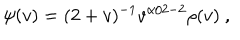
\psi ( v ) = ( 2 + v ) ^ { - 1 } v ^ { \alpha / 2 - 2 } \rho ( v ) ~ ,